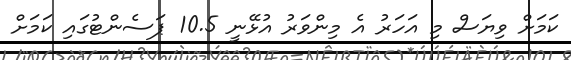
ކަމަށް ވިޔަސް މި އަހަރު އެ މިންވަރު އުޅޭނީ 10.5 ޕަސެންޓުގައި ކަމަށް